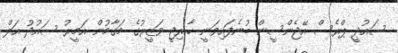
ސައުދީ ޕްރެސް އޭޖެންސީން ބުނެފައިވަނީ ޚާރިޖީ ވަޒީރުގެ މަގާމުން އަމީރު ސައުދު އަލް